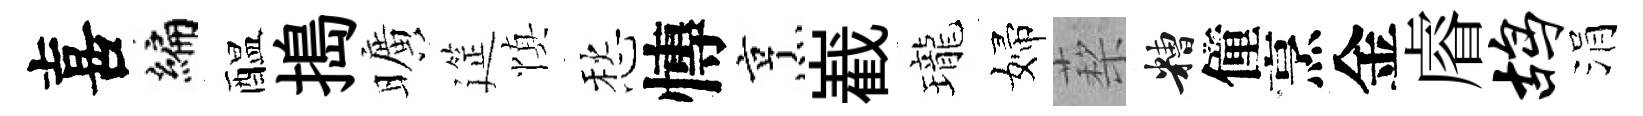
喜編醖搗曠筵慎愁慱烹嶻瓏婦蔾糟僮烹金𥈠鸪涓